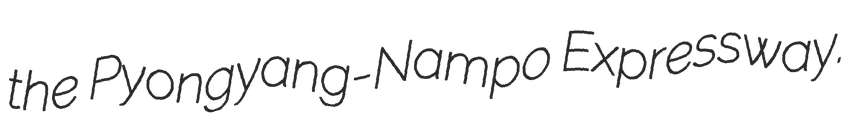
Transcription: the Pyongyang-Nampo Expressway.